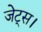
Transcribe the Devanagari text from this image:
जेट्स।